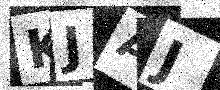
Text: KJAJ